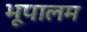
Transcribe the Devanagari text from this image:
भूपालम